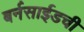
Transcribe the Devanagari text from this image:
बर्नसाईडची